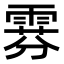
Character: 𫕧